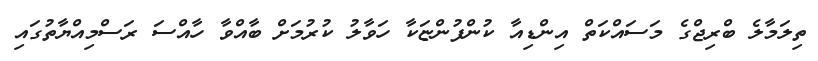
ތިލަމާލެ ބްރިޖްގެ މަސައްކަތް އިންޑިއާ ކުންފުންޏަކާ ހަވާލު ކުރުމަށް ބާއްވާ ހާއްސަ ރަސްމިއްޔާތުގައި